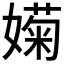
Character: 𡡣